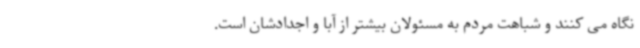
نگاه می کنند و شباهت مردم به مسئولان بیشتر از آبا و اجدادشان است.